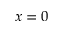
x = 0